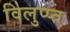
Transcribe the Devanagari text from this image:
विलुप्प्त